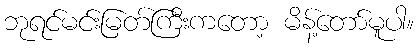
ဘုရင်မင်းမြတ်ကြီးကတော့ မိန့်တော်မူပါ။